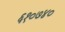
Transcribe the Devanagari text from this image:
६१०७४०